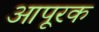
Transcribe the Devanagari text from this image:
आपूरक